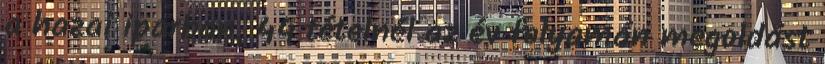
a hazai iparban, 44 tételnél az év folyamán megoldást